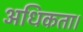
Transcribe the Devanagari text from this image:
अधिकता।